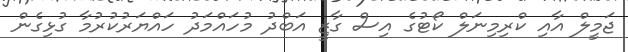
ޖަމީލް އާއި ކްރިމިނަލް ކޯޓުގެ އިސް ގާޒީ އަބްދު މުހައްމަދު ހައްޔަރުކުރުމާ ގުޅިގެން